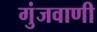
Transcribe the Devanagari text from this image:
गुंजवाणी